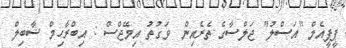
ޕީޕީއެމް "އަސްލު" ޖަލްސާގެ ތެރެއިން  ވަގުތު އިމޭޖްސް : އިބްރާހިމް ޝާބިލް